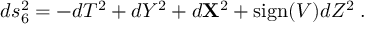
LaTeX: d s _ { 6 } ^ { 2 } = - d T ^ { 2 } + d Y ^ { 2 } + d { \bf X } ^ { 2 } + \mathrm { s i g n } ( V ) d Z ^ { 2 } \; .